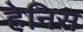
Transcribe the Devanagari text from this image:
हेनिस